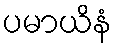
ပမာယိနံ